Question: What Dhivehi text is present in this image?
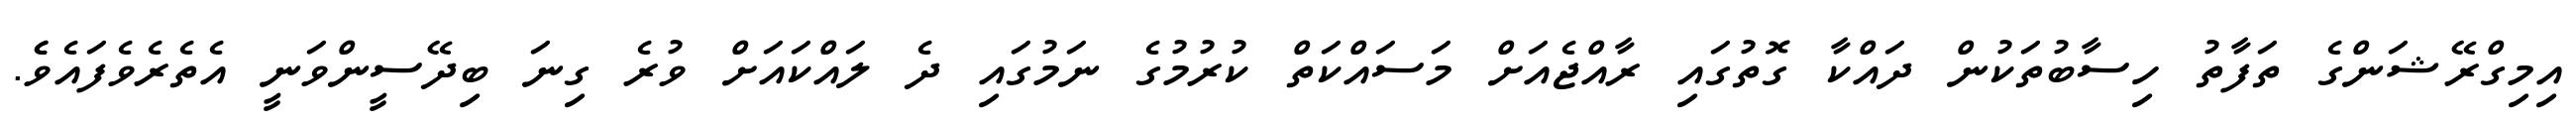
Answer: އިމިގްރޭޝަންގެ ތަފާތު ހިސާބުތަކުން ދައްކާ ގޮތުގައި ރާއްޖެއަށް މަސައްކަތް ކުރުމުގެ ނަމުގައި ދެ ލައްކައަށް ވުރެ ގިނަ ބިދޭސީންވަނީ އެތެރެވެފައެވެެ.